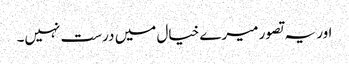
اور یہ تصور میرے خیال میں درست نہیں۔